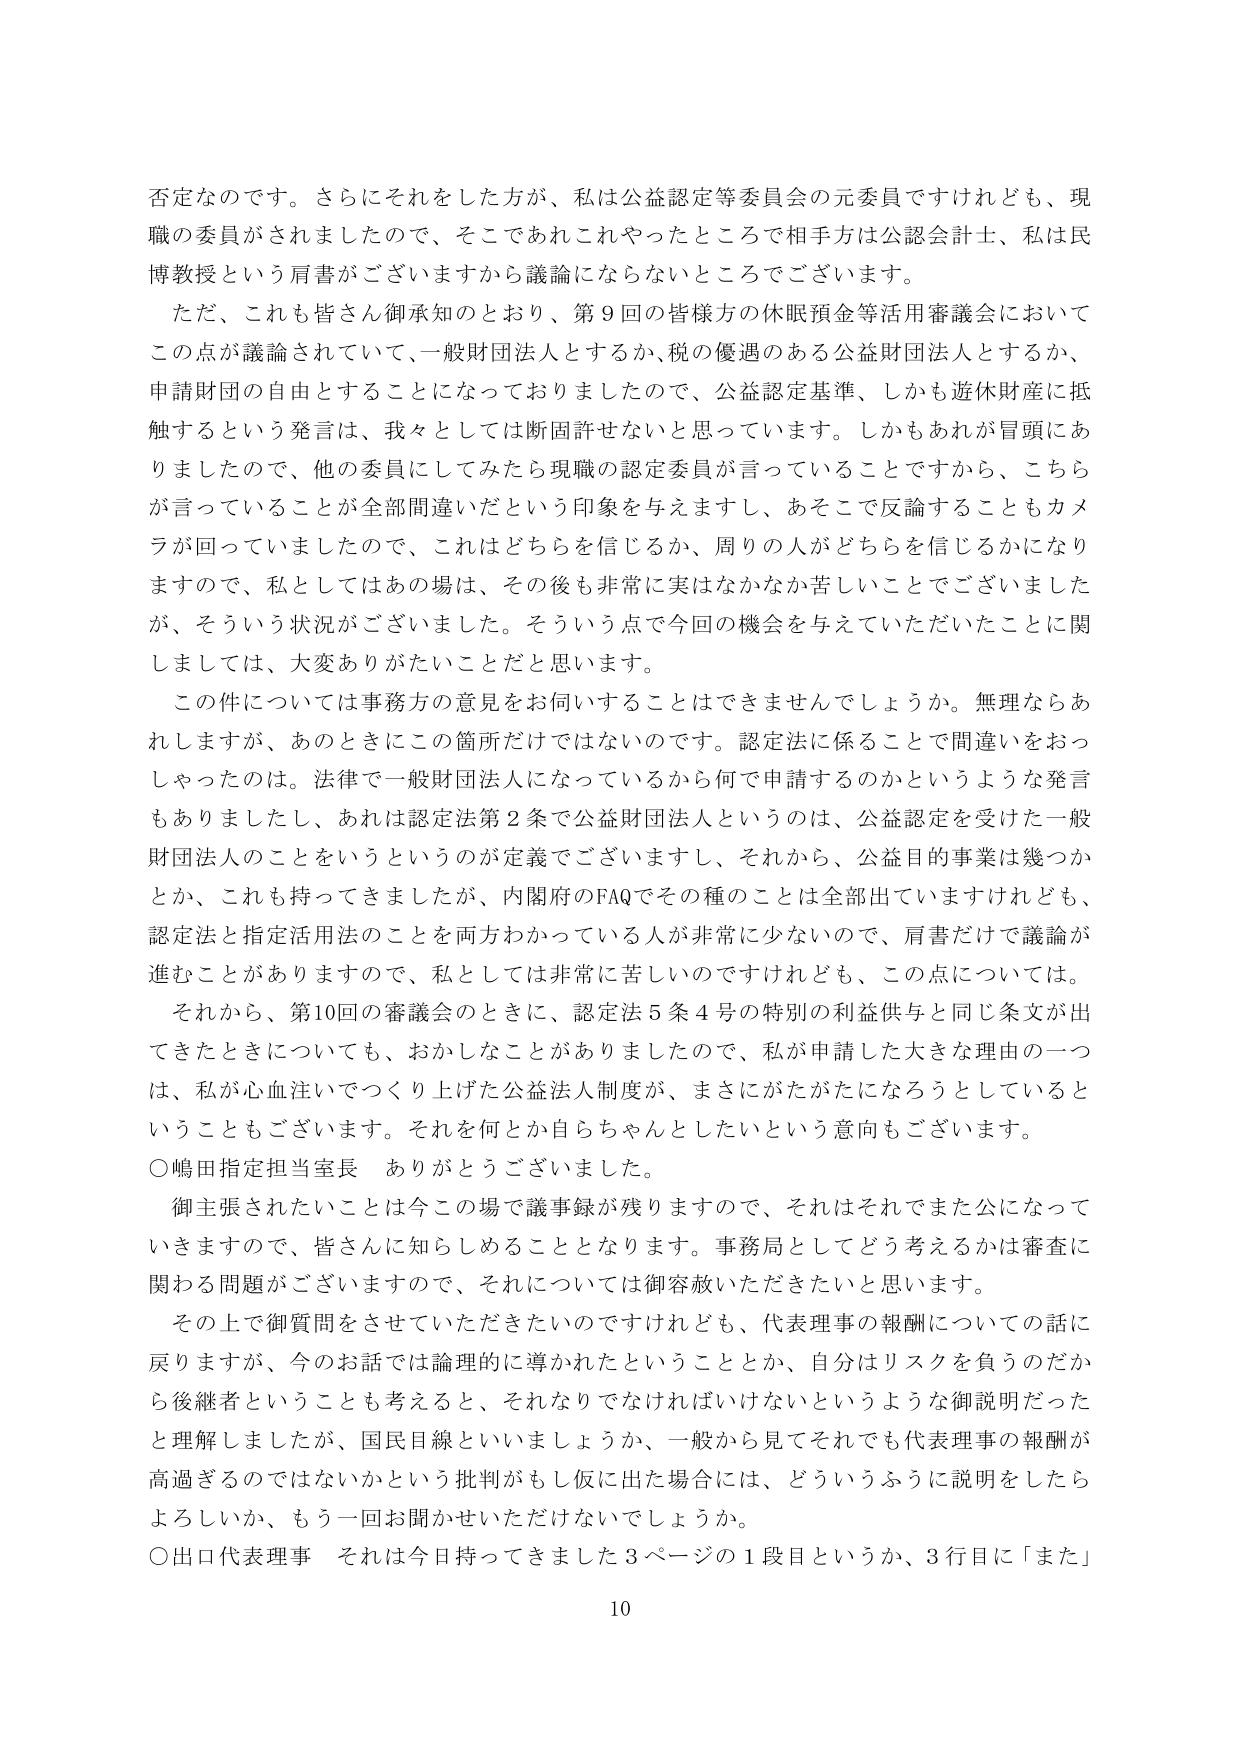
否定なのです。さらにそれをした方が、私は公益認定等委員会の元委員ですけれども、現職の委員がされましたので、そこであれこれやったところで相手方は公認会計士、私は民博教授という肩書がございますから議論にならないところでございます。

ただ、これも皆さん御承知のとおり、第9回の皆様方の休眠預金等活用審議会においてこの点が議論されていて、一般財団法人とするか、税の優遇のある公益財団法人とするか、申請財団の自由とすることになっておりましたので、公益認定基準、しかも遊休財産に抵触するという発言は、我々としては断固許せないと思っています。しかもあれが冒頭にありましたので、他の委員にしてみたら現職の認定委員が言っていることですから、こちらが言っていることが全部間違いだという印象を与えますし、あそこで反論することもカメラが回っていましたので、これはどちらを信じるか、周りの人がどちらを信じるかになりますので、私としてはあの場は、その後も非常に実はなかなか苦しいことでございましたが、そういう状況がございました。そういう点で今回の機会を与えていただいたことに関しては、大変ありがたいことだと思います。

この件については事務方の意見をお伺いすることはできませんでしょうか。無理ならあれしますが、あのときにこの箇所だけではないのです。認定法に係ることで間違いをおっしゃったのは。法律で一般財団法人になっているから何で申請するのかというような発言もありましたし、あれは認定法第2条で公益財団法人というのは、公益認定を受けた一般財団法人のことをいうというのが定義でございますし、それから、公益目的事業は幾つかとか、これも持ってきましたが、内閣府のFAQでその種のことは全部出ていますけれども、認定法と指定活用法のことを両方わかっている人が非常に少ないのです、肩書だけで議論が進むことがありますので、私としては非常に苦しいのですけれども、この点については。

それから、第10回の審議会のときに、認定法5条4号の特別の利益供与と同じ条文が出てきたときについても、おかしなことがありましたので、私が申請した大きな理由の一つは、私が心血注いでつくり上げた公益法人制度が、まさにがたがたになろうとしているということもございます。それを何とか自らちゃんとしたいという意向もございます。

〇嶋田指定担当室長　ありがとうございました。

御主張されたいことは今この場で議事録が残りますので、それはそれでまた公になっていきますので、皆さんに知らしめることとなります。事務局としてどう考えるかは審査に関わる問題がございますので、それについては御容赦いただきたいと思います。

その上で御質問をさせていただきたいのですけれども、代表理事の報酬についての話に戻りますが、今のお話では論理的に導かれたということとか、自分はリスクを負うのだから後継者ということも考えると、それなりでなければならないというような御説明だったと理解しましたが、国民目線といいましょうか、一般から見てそれでも代表理事の報酬が高過ぎるのではないかという批判がもし仮に出た場合には、どういうふうに説明をしたらよろしいか、もう一回お聞かせいただけないでしょうか。

〇出口代表理事　それは今日持ってきました3ページの1段目というか、3行目に「また」

10